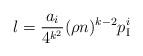
LaTeX: \begin{align*} \l=\frac{a_i}{4^{k^2}}(\rho n)^{k-2}p_{\rm I}^i\end{align*}